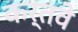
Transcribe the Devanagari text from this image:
कर्तवे